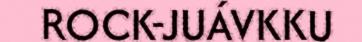
ROCK-JUÁVKKU